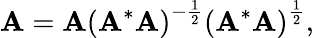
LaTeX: \mathbf{A}=\mathbf{A}\left(\mathbf{A}^{*}\mathbf{A}\right)^{-{\frac{{1}}{{2}}}}\left(\mathbf{A}^{*}\mathbf{A}\right)^{\frac{{1}}{{2}}},